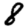
Digit: 8